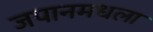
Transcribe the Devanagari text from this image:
जपानमधला